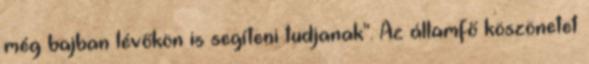
még bajban lévőkön is segíteni tudjanak". Az államfő köszönetet